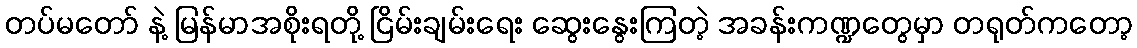
တပ်မတော် နဲ့ မြန်မာအစိုးရတို့ ငြိမ်းချမ်းရေး ဆွေးနွေးကြတဲ့ အခန်းကဏ္ဍတွေမှာ တရုတ်ကတော့